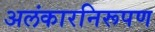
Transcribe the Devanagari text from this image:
अलंकारनिरूपण